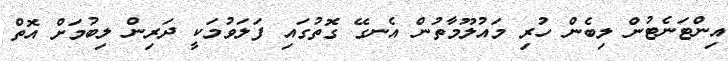
އިންޓަނެޓުން ލިބެން ހުރި މައުލޫމާތުން އެނގޭ ގޮތުގައި ފަލަވުމަކީ ދަރިން ލިބުމަށް އޮތް